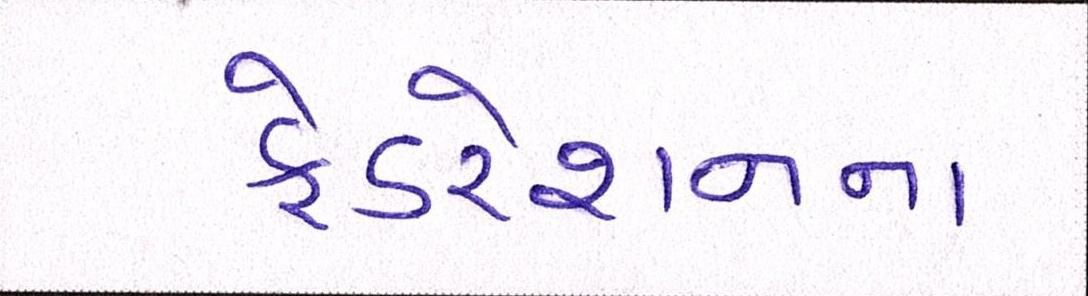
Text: ફેડરેશનના